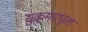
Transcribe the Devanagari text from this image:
सुकुमारघृता